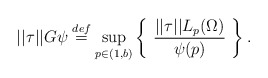
\begin{align*} ||\tau||G\psi \stackrel{def}{=} \sup_{p \in (1,b)} \left\{ \ \frac{||\tau||L_p(\Omega)}{\psi(p)} \ \right\}.\end{align*}